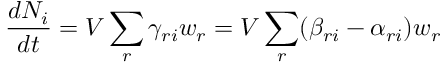
{ \frac { d N _ { i } } { d t } } = V \sum _ { r } \gamma _ { r i } w _ { r } = V \sum _ { r } ( \beta _ { r i } - \alpha _ { r i } ) w _ { r }